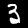
Digit: 3